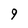
Character: 9